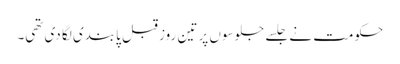
حکومت نے جلسے جلوسوں پر تین روز قبل پابندی لگا دی تھی۔